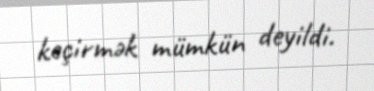
keçirmək mümkün deyildi.